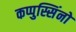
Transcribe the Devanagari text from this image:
कप्पुस्सिंनो